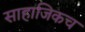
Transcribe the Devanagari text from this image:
साहाजिकच